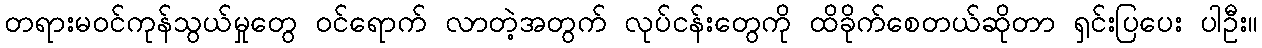
တရားမဝင်ကုန်သွယ်မှုတွေ ဝင်ရောက် လာတဲ့အတွက် လုပ်ငန်းတွေကို ထိခိုက်စေတယ်ဆိုတာ ရှင်းပြပေး ပါဦး။